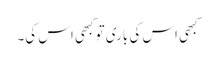
کبھی اس کی باری تو کبھی اس کی۔